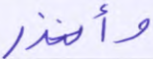
وأنذر